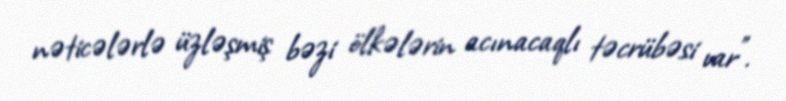
nəticələrlə üzləşmiş bəzi ölkələrin acınacaqlı təcrübəsi var”.